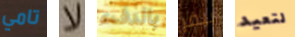
تامي لا بالدفء بيفر لتعيد